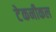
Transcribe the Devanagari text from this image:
टेकनीकल